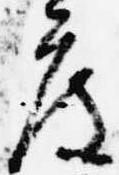
度